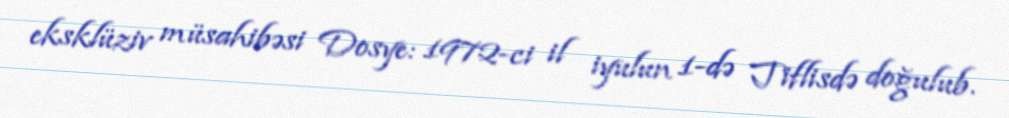
eksklüziv müsahibəsi Dosye: 1972-ci il iyulun 1-də Tiflisdə doğulub.